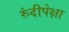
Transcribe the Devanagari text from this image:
रुंदीपेक्षा